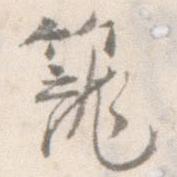
籠